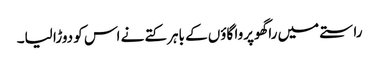
راستے میں راگھوپروا گاؤں کے باہر کتے نے اس کو دوڑا لیا۔